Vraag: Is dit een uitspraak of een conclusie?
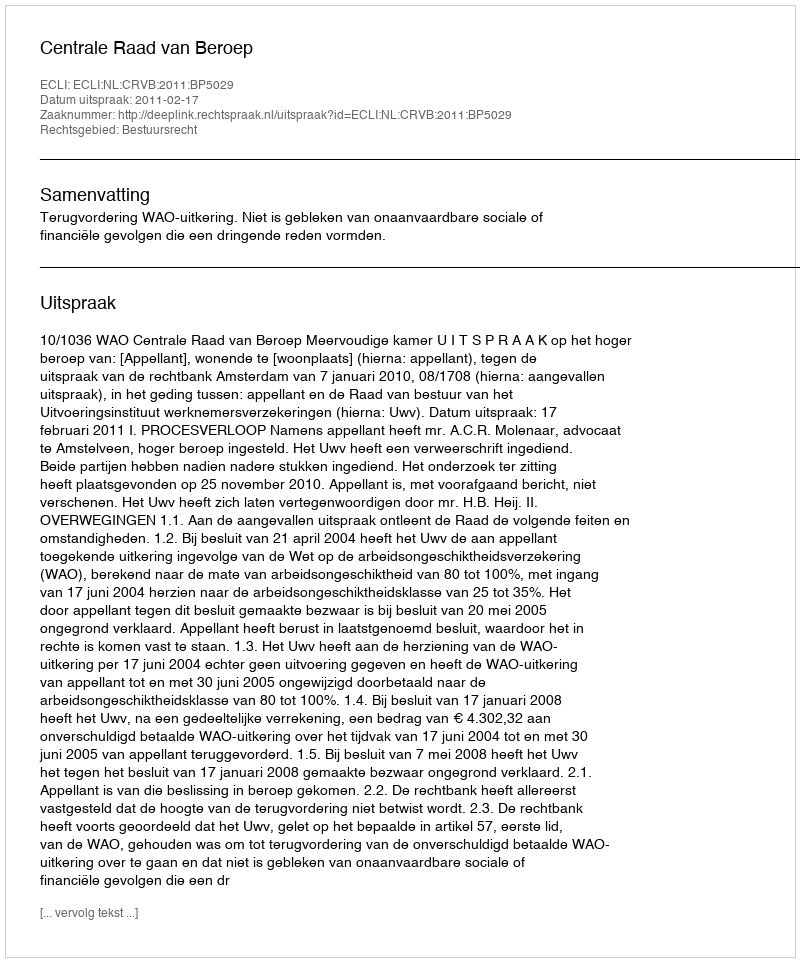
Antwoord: Uitspraak